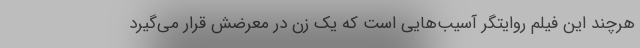
هرچند این فیلم روایتگر آسیب‌هایی است که یک زن در معرضش قرار می‌گیرد